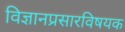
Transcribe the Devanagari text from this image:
विज्ञानप्रसारविषयक